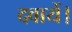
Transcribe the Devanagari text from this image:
दवायें।